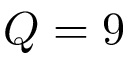
Q = 9